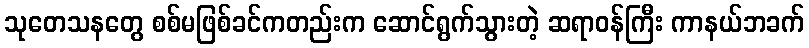
သုတေသနတွေ စစ်မဖြစ်ခင်ကတည်းက ဆောင်ရွက်သွားတဲ့ ဆရာဝန်ကြီး ကာနယ်ဘခက်